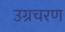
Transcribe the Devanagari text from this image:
उग्रचरण